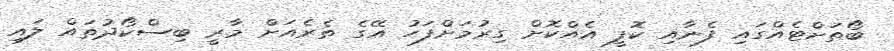
ބޯތަށްޓެއްގައި ފެނާއި ކޮފީ އެއްކޮށް ގިރުމަށްފަހު އޭގެ ތެރެއަށް މާރީ ބިސްކޯދުތައް ލައި